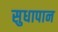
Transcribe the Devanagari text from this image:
सुधापान